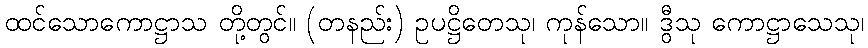
ထင်သောကောဋ္ဌာသ တို့တွင်။ (တနည်း) ဥပဋ္ဌိတေသု၊ ကုန်သော။ ဒွီသု ကောဋ္ဌာသေသု၊